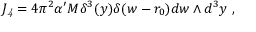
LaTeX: J _ { \it 4 } = 4 \pi ^ { 2 } \alpha ^ { \prime } M \delta ^ { 3 } ( y ) \delta ( w - r _ { 0 } ) d w \wedge d ^ { 3 } y \ ,